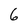
Character: 6